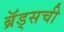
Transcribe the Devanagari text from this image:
ब्रॅड्सची